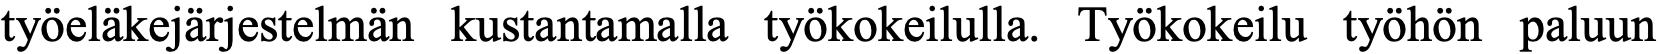
työeläkejärjestelmän kustantamalla työkokeilulla. Työkokeilu työhön paluun